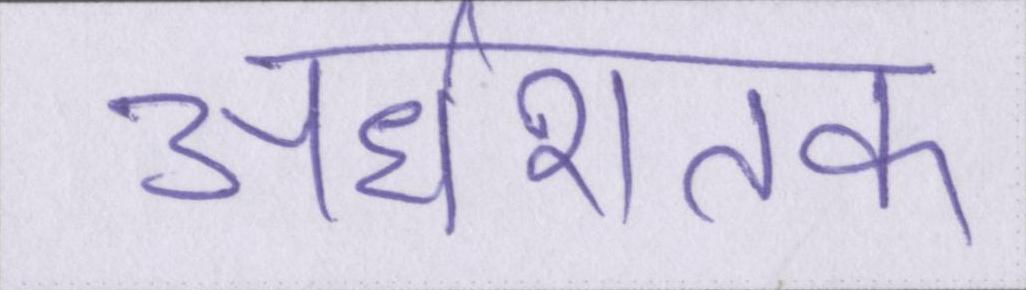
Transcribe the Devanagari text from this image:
अर्धशतक